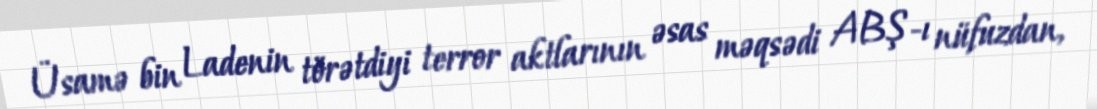
Üsamə bin Ladenin törətdiyi terror aktlarının əsas məqsədi ABŞ-ı nüfuzdan,